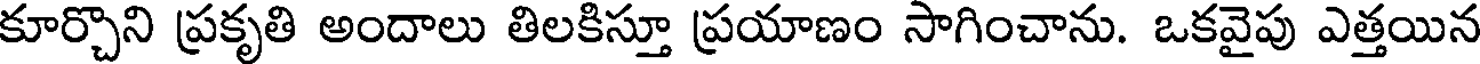
కూర్చొని ప్రకృతి అందాలు తిలకిస్తూ ప్రయాణం సాగించాను. ఒకవైపు ఎత్తయిన